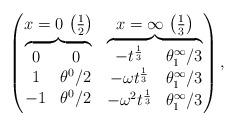
LaTeX: \begin{gather*}\left(\begin{matrix} x=0 \, \left( \frac12 \right)& x=\infty \, \left( \frac13 \right) \\\overbrace{\begin{matrix} 0 & 0 \\ 1 & \theta^0/2 \\ -1 & \theta^0/2 \end{matrix}}&\overbrace{\begin{matrix} -t^{\frac13} & \theta^\infty_1/3 \\-\omega t^{\frac13} & \theta^\infty_1/3 \\-\omega^2 t^{\frac13} & \theta^\infty_1/3 \end{matrix}}\end{matrix}\right),\end{gather*}